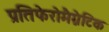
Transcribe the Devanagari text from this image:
प्रतिफेरोमैग्नेटिक